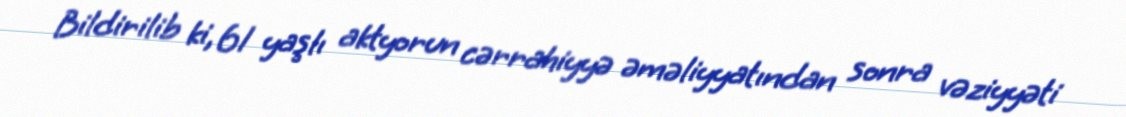
Bildirilib ki, 61 yaşlı aktyorun cərrahiyyə əməliyyatından sonra vəziyyəti